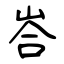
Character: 峇